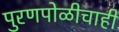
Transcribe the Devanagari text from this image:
पुरणपोळीचाही